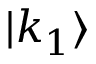
| k _ { 1 } \rangle